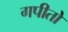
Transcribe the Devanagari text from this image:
गपीतो